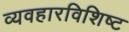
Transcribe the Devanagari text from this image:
व्यवहारविशिष्ट